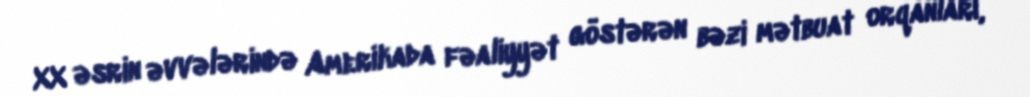
XX əsrin əvvələrində Amerikada fəaliyyət göstərən bəzi mətbuat orqanları,